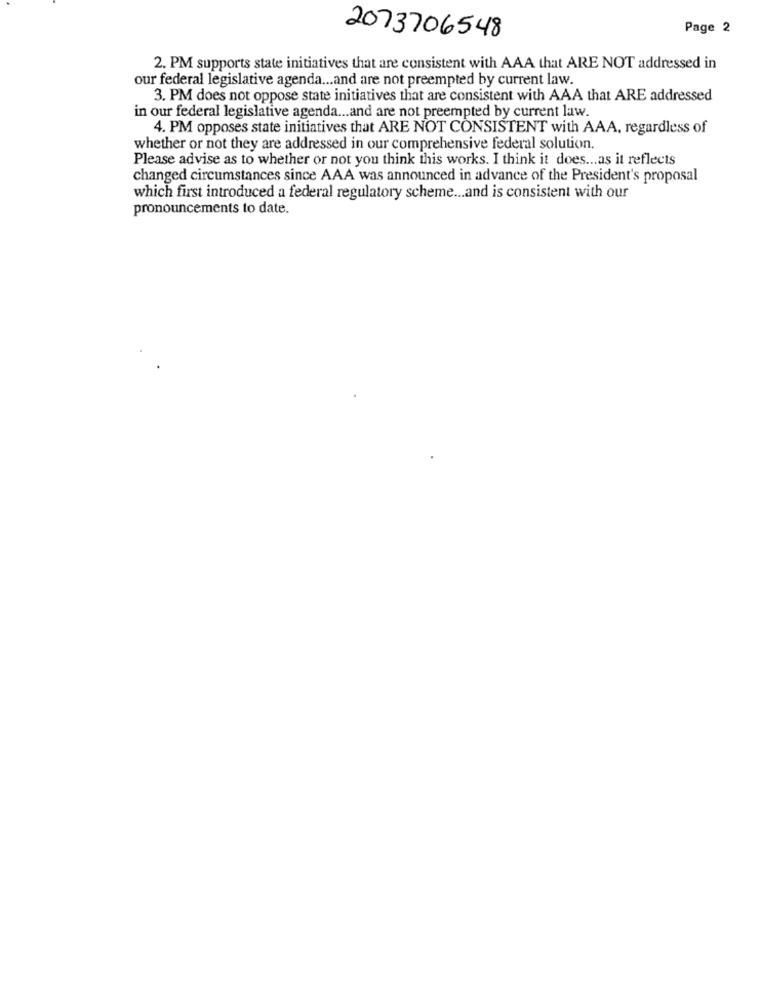
Page 2
2073706548
2. PM supports state initiatives that are consistent with AAA that ARE NOT addressed in
our federal legislative agenda ... and are not preempted by current law.
3. PM does not oppose state initiatives that are consistent with AAA that ARE addressed
in our federal legislative agenda ... and are not preempted by current law.
4. PM opposes state initiatives that ARE NOT CONSISTENT with AAA, regardless of
whether or not they are addressed in our comprehensive federal solution.
Please advise as to whether or not you think this works. I think it does ... as it reflects
changed circumstances since AAA was announced in advance of the President's proposal
which first introduced a federal regulatory scheme ... and is consistent with our
pronouncements to date.